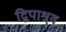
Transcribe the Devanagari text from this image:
द्विपाश्र्व